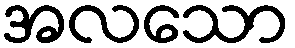
အလသော